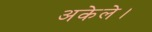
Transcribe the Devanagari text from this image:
अकेले।